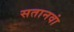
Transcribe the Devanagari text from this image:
सतानवां